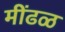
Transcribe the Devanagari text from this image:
मींढळ